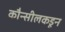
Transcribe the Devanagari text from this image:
कौन्सीलकडून